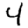
Digit: 4